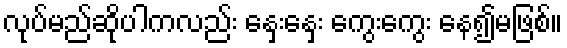
လုပ်မည်ဆိုပါကလည်း နှေးနှေး ကွေးကွေး နေ၍မဖြစ်။